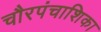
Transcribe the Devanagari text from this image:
चौरपंचाशिका